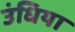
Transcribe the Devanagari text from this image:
उंधिया